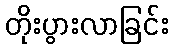
တိုးပွားလာခြင်း